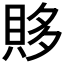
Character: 𰷂